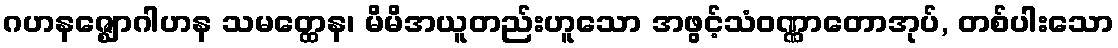
ဂဟနဇ္ဈောဂါဟန သမတ္ထေန၊ မိမိအယူတည်းဟူသော အဖွင့်သံဝဏ္ဏာတောအုပ်, တစ်ပါးသော